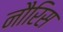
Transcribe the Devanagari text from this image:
नौरिस